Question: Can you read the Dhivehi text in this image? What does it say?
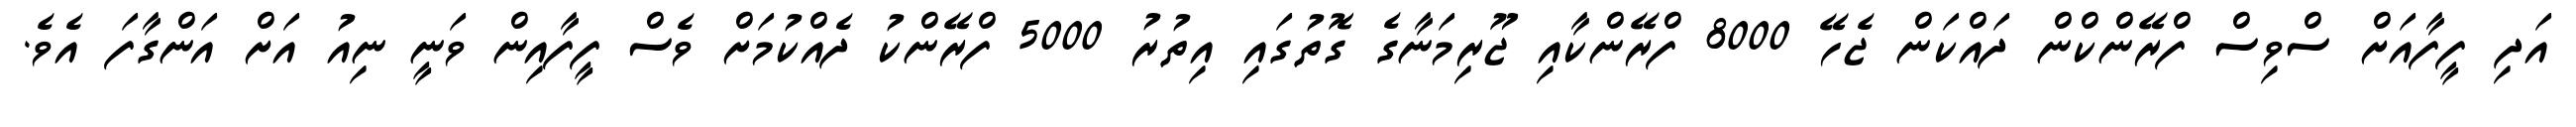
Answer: އަދި ފީފާއަށް ސްވިސް ފްރޭންކްން ދައްކަން ޖެހޭ 8000 ފްރޭންކާއި ޖޫރިމަނާގެ ގޮތުގައި އިތުރު 5000 ފްރޭންކު ދެއްކުމަށް ވެސް ފީފާއިން ވަނީ ނިއު އަށް އަންގާފަ އެވެ.